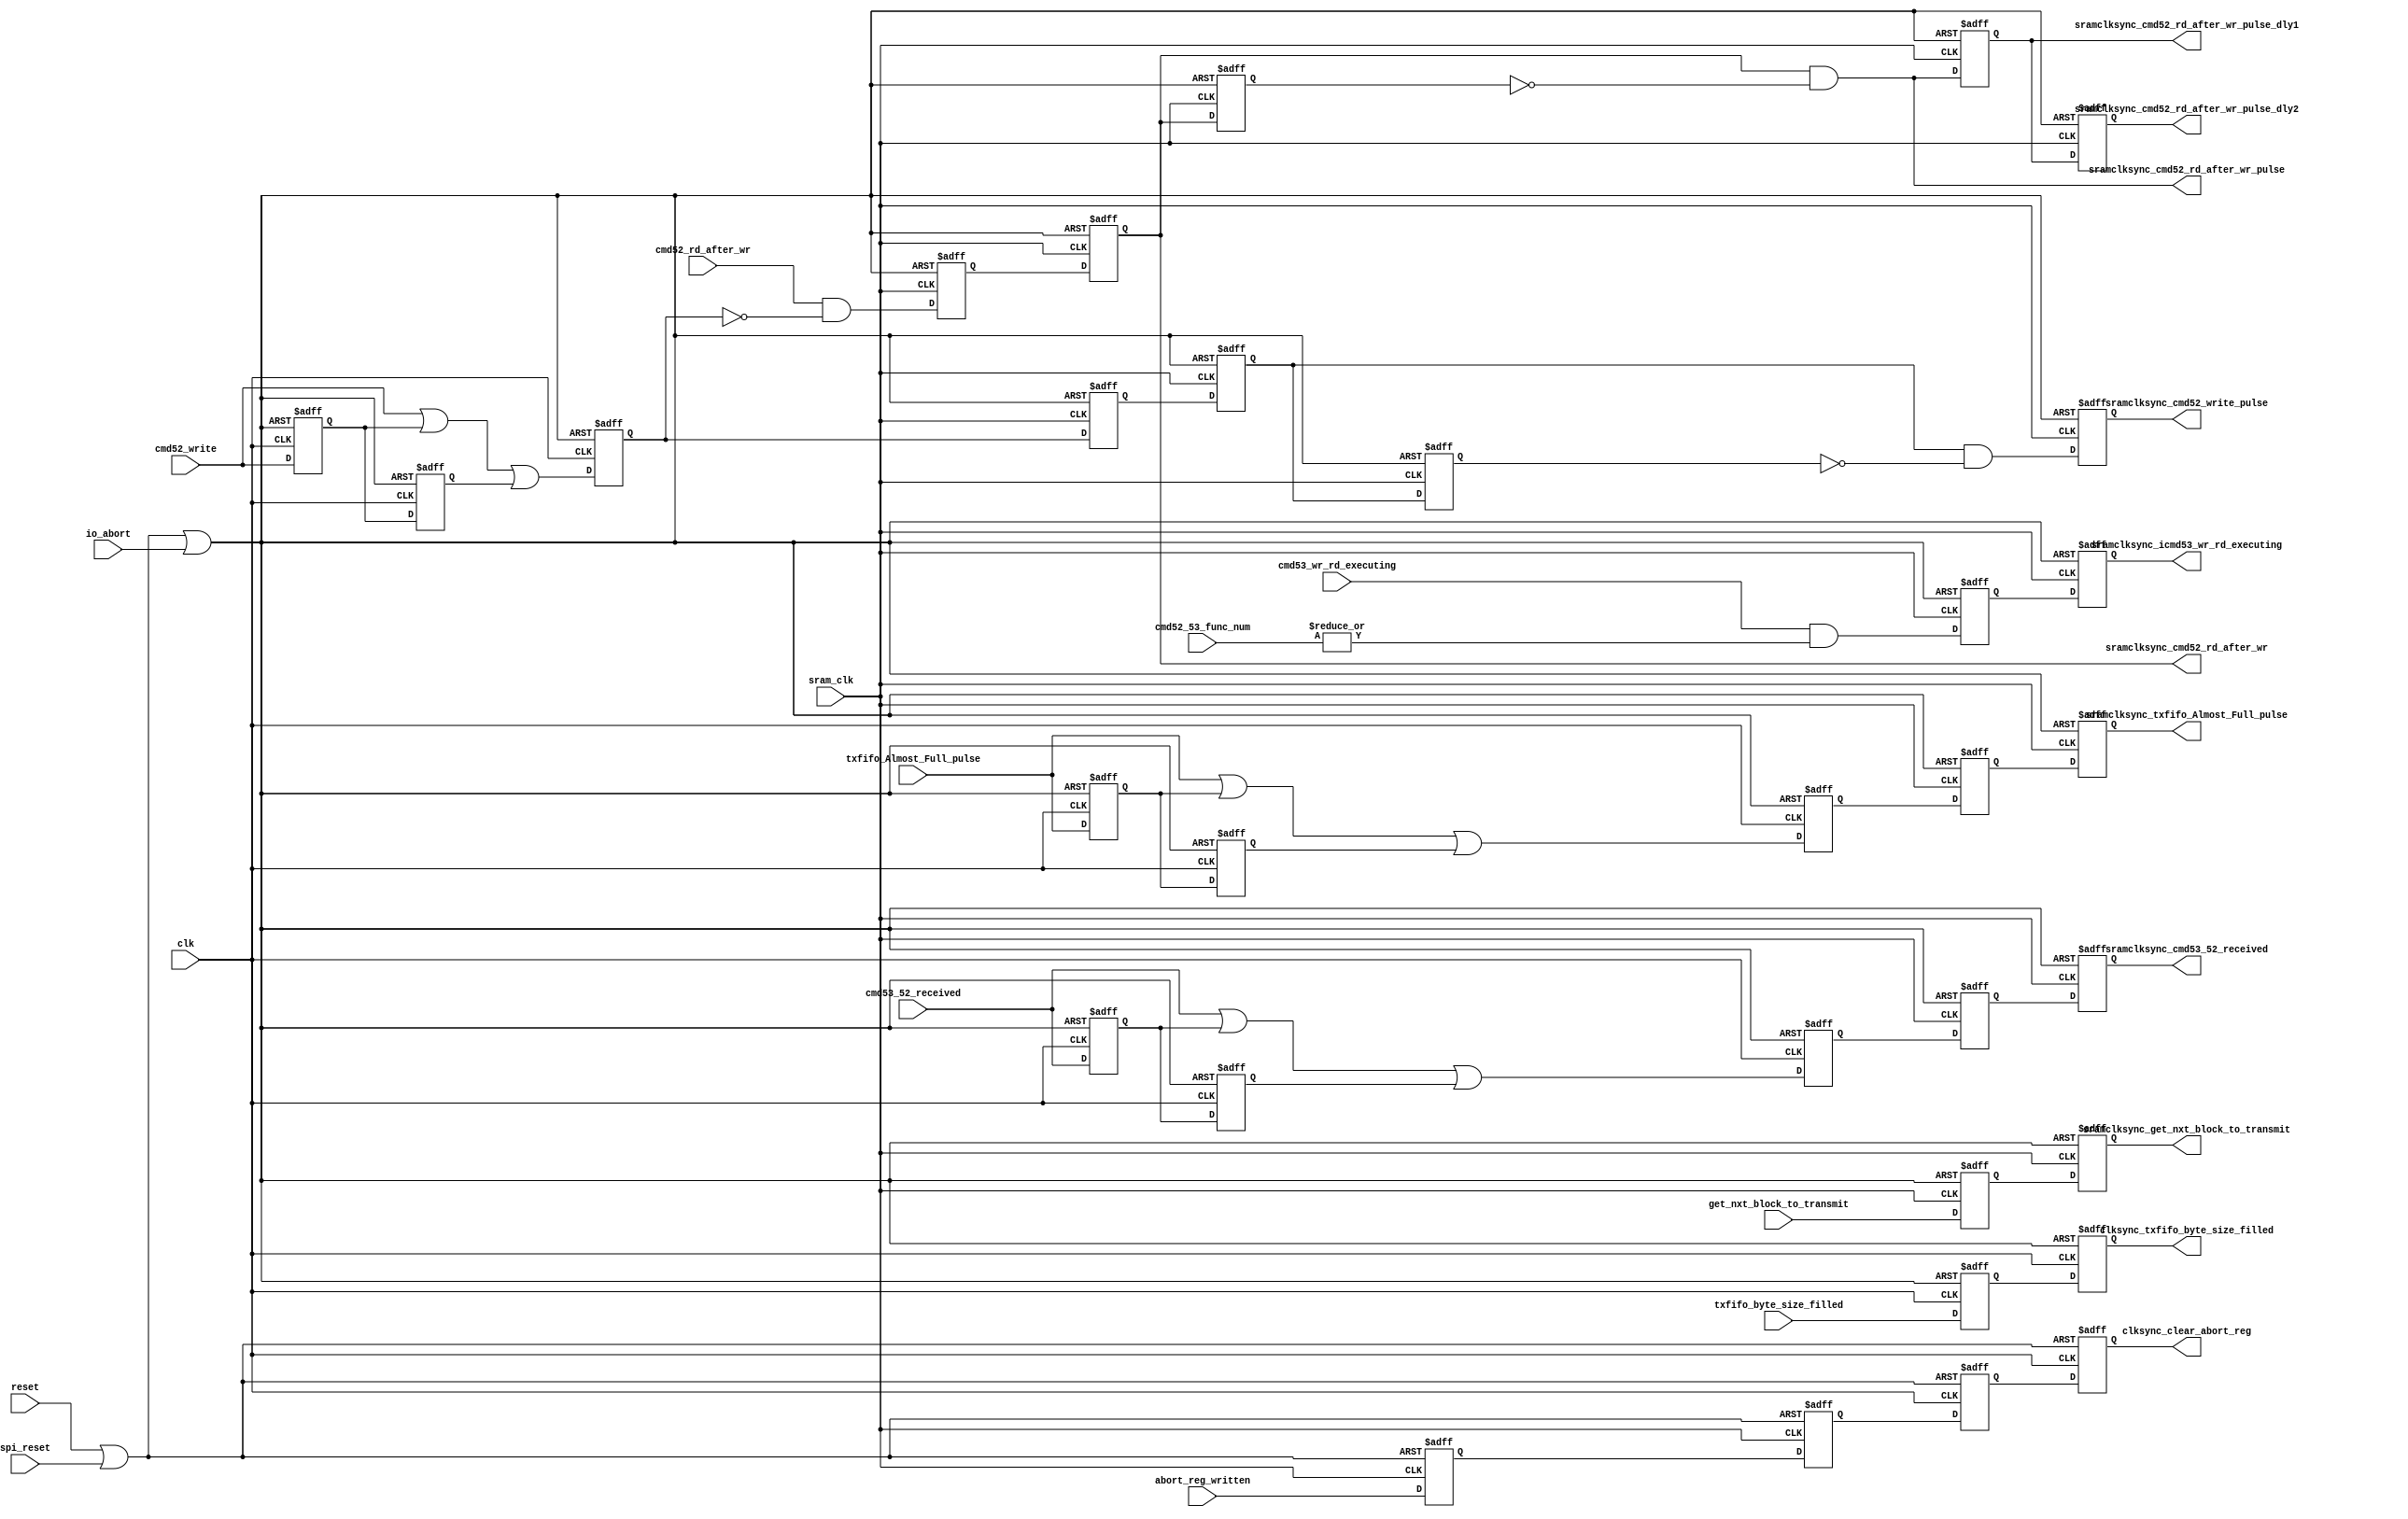
///////////////////////////////////////////////////////////////////////////////
//
// Copyright (C) 2007, Licensed customers of QuickLogic may copy or modify
// this file for use in designing QuickLogic devices only.
//
// Module Name:  sync
//
///////////////////////////////////////////////////////////////////////////////
`timescale 1ns/1ns

module sync(           
                       reset,    // global reset    
					   spi_reset,
					   io_abort,
                       clk,
					   sram_clk,
                       
                       /////////////////////////////////
					   // SRAM CLK DOMAIN SIGNALS
					   /////////////////////////////////
                       txfifo_byte_size_filled,
                       sramclksync_icmd53_wr_rd_executing,
					   sramclksync_txfifo_Almost_Full_pulse,
                       sramclksync_get_nxt_block_to_transmit,
					   sramclksync_cmd52_rd_after_wr,
					   sramclksync_cmd52_rd_after_wr_pulse,
					   sramclksync_cmd52_write_pulse,
					   sramclksync_cmd52_rd_after_wr_pulse_dly1,
					   sramclksync_cmd52_rd_after_wr_pulse_dly2,
                       sramclksync_cmd53_52_received,

					   /////////////////////////////////
					   // CLK DOMAIN SIGNALS
					   /////////////////////////////////
					   clksync_txfifo_byte_size_filled,
                       cmd53_wr_rd_executing,
					   txfifo_Almost_Full_pulse,
					   get_nxt_block_to_transmit,
					   cmd52_rd_after_wr,
					   cmd52_write,
					   cmd53_52_received,
					   cmd52_53_func_num,

                       clksync_clear_abort_reg,
					   abort_reg_written 
					   );

    input         reset;     
	input         spi_reset;   
	input         io_abort;
    input         clk;
	input         sram_clk;
                       
	/////////////////////////////////
	// SRAM CLK DOMAIN SIGNALS
	/////////////////////////////////
    input         txfifo_byte_size_filled;
    output        sramclksync_icmd53_wr_rd_executing;
	output        sramclksync_txfifo_Almost_Full_pulse;
    output        sramclksync_get_nxt_block_to_transmit;
	output        sramclksync_cmd52_rd_after_wr;
	output        sramclksync_cmd52_rd_after_wr_pulse;
	output        sramclksync_cmd52_write_pulse;
	output        sramclksync_cmd52_rd_after_wr_pulse_dly1;
	output        sramclksync_cmd52_rd_after_wr_pulse_dly2;
	output        sramclksync_cmd53_52_received;

	/////////////////////////////////
    // CLK DOMAIN SIGNALS
	/////////////////////////////////
	output        clksync_txfifo_byte_size_filled;
    input         cmd53_wr_rd_executing;
	input         txfifo_Almost_Full_pulse;
	input         get_nxt_block_to_transmit;
	input         cmd52_rd_after_wr;
	input         cmd52_write;
	input         cmd53_52_received;
	input   [2:0] cmd52_53_func_num;

    output        clksync_clear_abort_reg;
	input         abort_reg_written; 

    wire       irst;
	wire       rst;

	reg        clksync_txfifo_byte_size_filled_sync1;
    reg        clksync_txfifo_byte_size_filled;
	reg        clksync_clear_abort_reg_sync1;
	reg        clksync_clear_abort_reg;

    reg        sramclksync_cmd52_write_sync1;
    reg        sramclksync_icmd53_wr_rd_executing_sync1;
	reg        sramclksync_txfifo_Almost_Full_pulse_sync1;
	reg        sramclksync_get_nxt_block_to_transmit_sync1;
	reg        sramclksync_cmd52_rd_after_wr_sync1;
    reg        sramclksync_icmd53_wr_rd_executing;
	reg        sramclksync_txfifo_Almost_Full_pulse;
    reg        sramclksync_get_nxt_block_to_transmit;
	reg        sramclksync_cmd52_rd_after_wr;
	reg        sramclksync_cmd52_write_pulse;
    reg        sramclksync_abort_reg_written_sync1;
    reg        sramclksync_abort_reg_written;

	reg        itxfifo_Almost_Full_pulse; 
	reg        icmd52_write;                    
	reg        itxfifo_Almost_Full_pulse_dly1; 
	reg        icmd52_write_dly1;              
	reg        itxfifo_Almost_Full_pulse_dly2;
	reg        icmd52_write_dly2;        
	
	reg        icmd53_52_received;
	reg        icmd53_52_received_dly1;
	reg        icmd53_52_received_dly2;    
	reg        sramclksync_cmd53_52_received_sync1;
	reg        sramclksync_cmd53_52_received;
	
    reg        sramclksync_cmd52_write_dly1;         
	reg        sramclksync_cmd52_rd_after_wr_dly1;       
	wire       sramclksync_cmd52_rd_after_wr_pulse;      
	reg        sramclksync_cmd52_rd_after_wr_pulse_dly1; 
	reg        sramclksync_cmd52_rd_after_wr_pulse_dly2;   
	reg        sramclksync_cmd52_write;

assign irst = reset | spi_reset | io_abort;
assign rst  = reset | spi_reset;

/////////////////////////////////				   
//sram_clk section logic
/////////////////////////////////
    //sync the different signals to sram_clk
	always@( posedge irst or posedge sram_clk )
	begin
      if(irst)
      begin
        sramclksync_icmd53_wr_rd_executing_sync1       <= 1'b0;
     	sramclksync_txfifo_Almost_Full_pulse_sync1     <= 1'b0; 
        sramclksync_get_nxt_block_to_transmit_sync1    <= 1'b0; 
        sramclksync_cmd52_rd_after_wr_sync1            <= 1'b0;
		sramclksync_cmd52_write_sync1                  <= 1'b0;
		sramclksync_cmd53_52_received_sync1            <= 1'b0;   
		sramclksync_icmd53_wr_rd_executing             <= 1'b0;
     	sramclksync_txfifo_Almost_Full_pulse           <= 1'b0; 
        sramclksync_get_nxt_block_to_transmit          <= 1'b0; 
        sramclksync_cmd52_rd_after_wr                  <= 1'b0;  
		sramclksync_cmd52_write                        <= 1'b0;
		sramclksync_cmd53_52_received                  <= 1'b0;
      end
      else
      begin
        sramclksync_icmd53_wr_rd_executing_sync1       <= cmd53_wr_rd_executing & |cmd52_53_func_num;      //icmd53_wr_rd_executing is being held high when executing so no need to prolong this signal
     	sramclksync_txfifo_Almost_Full_pulse_sync1     <= itxfifo_Almost_Full_pulse;  
        sramclksync_get_nxt_block_to_transmit_sync1    <= get_nxt_block_to_transmit;  //iget_nxt_block_to_transmit is being held high when executing so no need to prolong this signal
        sramclksync_cmd52_rd_after_wr_sync1            <= cmd52_rd_after_wr & ~icmd52_write;          //icmd52_rd_after_wr is being held high when executing so no need to prolong this signal
		sramclksync_cmd52_write_sync1                  <= icmd52_write;
		sramclksync_cmd53_52_received_sync1            <= icmd53_52_received;
		sramclksync_icmd53_wr_rd_executing             <= sramclksync_icmd53_wr_rd_executing_sync1;
     	sramclksync_txfifo_Almost_Full_pulse           <= sramclksync_txfifo_Almost_Full_pulse_sync1; 
        sramclksync_get_nxt_block_to_transmit          <= sramclksync_get_nxt_block_to_transmit_sync1; 
        sramclksync_cmd52_rd_after_wr                  <= sramclksync_cmd52_rd_after_wr_sync1; 
		sramclksync_cmd52_write                        <= sramclksync_cmd52_write_sync1;   
		sramclksync_cmd53_52_received                  <= sramclksync_cmd53_52_received_sync1;
       end
	end

    //sync the different signals to sram_clk
	always@( posedge rst or posedge sram_clk )
	begin
      if( rst )
      begin
        sramclksync_abort_reg_written_sync1            <= 1'b0;
        sramclksync_abort_reg_written                  <= 1'b0;
      end
      else
      begin
	    sramclksync_abort_reg_written_sync1            <= abort_reg_written;
		sramclksync_abort_reg_written                  <= sramclksync_abort_reg_written_sync1;
       end
	end

    //create the pulse signals 
	always@( posedge irst or posedge sram_clk )
	begin
      if(irst)
      begin
        sramclksync_cmd52_write_pulse              <= 1'b0;
		sramclksync_cmd52_write_dly1               <= 1'b0;
		sramclksync_cmd52_rd_after_wr_dly1         <= 1'b0;
		//sramclksync_cmd52_rd_after_wr_pulse        <= 1'b0;
        sramclksync_cmd52_rd_after_wr_pulse_dly1   <= 1'b0;
		sramclksync_cmd52_rd_after_wr_pulse_dly2   <= 1'b0;
      end
      else
      begin
        sramclksync_cmd52_write_dly1               <= sramclksync_cmd52_write;
        sramclksync_cmd52_write_pulse              <= sramclksync_cmd52_write & ~sramclksync_cmd52_write_dly1;
        sramclksync_cmd52_rd_after_wr_dly1         <= sramclksync_cmd52_rd_after_wr;
		//sramclksync_cmd52_rd_after_wr_pulse        <= sramclksync_cmd52_rd_after_wr & ~sramclksync_cmd52_rd_after_wr_dly1;
        sramclksync_cmd52_rd_after_wr_pulse_dly1   <= sramclksync_cmd52_rd_after_wr_pulse;
		sramclksync_cmd52_rd_after_wr_pulse_dly2   <= sramclksync_cmd52_rd_after_wr_pulse_dly1;
      end
	end

assign sramclksync_cmd52_rd_after_wr_pulse = sramclksync_cmd52_rd_after_wr & ~sramclksync_cmd52_rd_after_wr_dly1;

/////////////////////////////////				   
//clk section logic
/////////////////////////////////
    //sync the different signals to clk
	always@( posedge irst or posedge clk )
	begin
      if(irst)
      begin
        clksync_txfifo_byte_size_filled_sync1        <= 1'b0;
        clksync_txfifo_byte_size_filled              <= 1'b0;
      end
      else
      begin
        clksync_txfifo_byte_size_filled_sync1        <= txfifo_byte_size_filled;
        clksync_txfifo_byte_size_filled              <= clksync_txfifo_byte_size_filled_sync1;
      end
	end

    //sync the different signals to clk
	always@( posedge rst or posedge clk )
	begin
      if( rst )
      begin
		clksync_clear_abort_reg                      <= 1'b0;
		clksync_clear_abort_reg_sync1                <= 1'b0;
      end
      else
      begin
		clksync_clear_abort_reg_sync1                <= sramclksync_abort_reg_written;
		clksync_clear_abort_reg                      <= clksync_clear_abort_reg_sync1;
      end
	end

    //used to extend some of the signal flags depending on how slow sram_clk is to clk
	always@( posedge irst or posedge clk )
	begin
      if(irst)
      begin
     	itxfifo_Almost_Full_pulse       <= 1'b0; 
		icmd52_write                    <= 1'b0;
		itxfifo_Almost_Full_pulse_dly1  <= 1'b0; 
		icmd52_write_dly1               <= 1'b0;
		itxfifo_Almost_Full_pulse_dly2  <= 1'b0; 
		icmd52_write_dly2               <= 1'b0;
		icmd53_52_received              <= 1'b0;
		icmd53_52_received_dly1         <= 1'b0;
		icmd53_52_received_dly2         <= 1'b0;
      end
      else
      begin
	    icmd53_52_received_dly1         <= cmd53_52_received;
	  	itxfifo_Almost_Full_pulse_dly1  <= txfifo_Almost_Full_pulse; 
		icmd52_write_dly1               <= cmd52_write;
		icmd53_52_received_dly2         <= icmd53_52_received_dly1;
	  	itxfifo_Almost_Full_pulse_dly2  <= itxfifo_Almost_Full_pulse_dly1; 
		icmd52_write_dly2               <= icmd52_write_dly1;
        icmd53_52_received              <= cmd53_52_received | icmd53_52_received_dly1 | icmd53_52_received_dly2;
     	itxfifo_Almost_Full_pulse       <= txfifo_Almost_Full_pulse | itxfifo_Almost_Full_pulse_dly1 | itxfifo_Almost_Full_pulse_dly2; 
		icmd52_write                    <= cmd52_write | icmd52_write_dly1 | icmd52_write_dly2;
       end
	end




endmodule